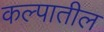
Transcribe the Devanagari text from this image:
कल्पातील